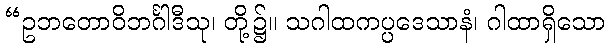
“ဥဘတောဝိဘင်္ဂါဒီသု၊ တို့၌။ သဂါထကပ္ပဒေသာနံ၊ ဂါထာရှိသော